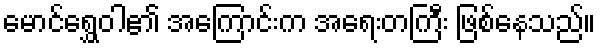
မောင်ရွှေဝါ၏ အကြောင်းက အရေးတကြီး ဖြစ်နေသည်။